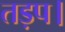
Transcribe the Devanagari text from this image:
तड़प।